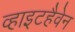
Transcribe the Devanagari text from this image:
व्हाइटहैवेन